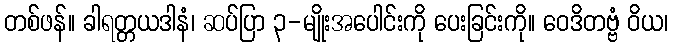
တစ်ဖန်။ ခါရတ္တယဒါနံ၊ ဆပ်ပြာ ၃-မျိုးအပေါင်းကို ပေးခြင်းကို။ ဝေဒိတဗ္ဗံ ဝိယ၊